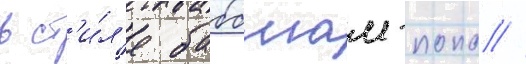
в ст'и́л'е бабблгам-попа //